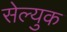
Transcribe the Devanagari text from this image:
सेल्युक